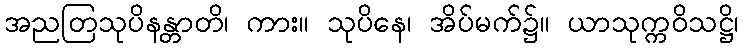
အညတြသုပိနန္တာတိ၊ ကား။ သုပိနေ၊ အိပ်မက်၌။ ယာသုက္ကဝိသဋ္ဌိ၊